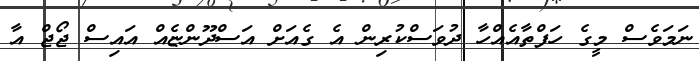
ނަމަވެސް މީގެ ހަފްތާއެއްހާ ދުވަސްކުރިން އެ ގެއަށް އަސްދޫންޏެއް އައިސް ޖޯޖް އާ